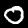
Digit: 0